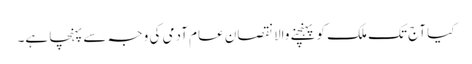
کیا آج تک ملک کو پہنچنے والا نقصان عام آدمی کی وجہ سے پہنچا ہے۔